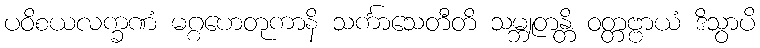
ပဝိစယလက္ခဏံ မဂ္ဂဟေတုကာနိ သင်္ကာသေတီတိ သမ္ဘူတန္တိ ဝတ္တဗ္ဗာယံ ဒိသွာပိ